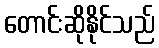
တောင်းဆိုနိုင်သည်